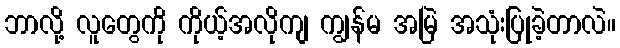
ဘာလို့ လူတွေကို ကိုယ့်အလိုကျ ကျွန်မ အမြဲ အသုံးပြုခဲ့တာလဲ။